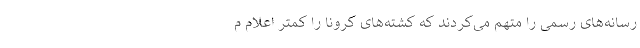
رسانه‌های رسمی را متهم می‌کردند که کشته‌های کرونا را کمتر اعلام م